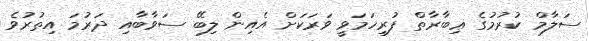
ސަލާމް ކުރުމުގެ ޢިބާރާތް ފުރިހަމަވީ ވަރަކަށް އެއިން ލިބޭ ސަވާބާއި ދަރުމަ އިތުރުވެ